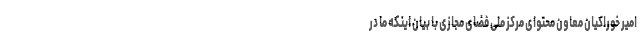
امیر خوراکیان معاون محتوای مرکز ملی فضای مجازی با بیان اینکه ما در